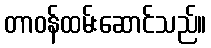
တာဝန်ထမ်းဆောင်သည်။